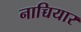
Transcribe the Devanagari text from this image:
नाच्चियार